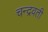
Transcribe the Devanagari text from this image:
चन्द्रवती